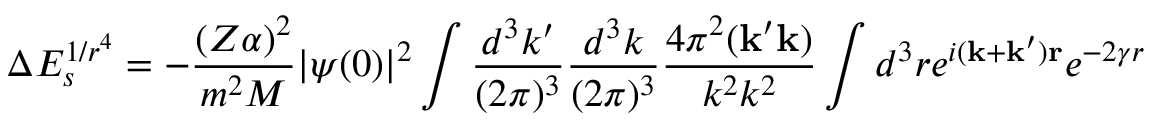
\Delta E _ { s } ^ { 1 / r ^ { 4 } } = - \frac { ( Z \alpha ) ^ { 2 } } { m ^ { 2 } M } | \psi ( 0 ) | ^ { 2 } \int \frac { d ^ { 3 } k ^ { \prime } } { ( 2 \pi ) ^ { 3 } } \frac { d ^ { 3 } k } { ( 2 \pi ) ^ { 3 } } \frac { 4 \pi ^ { 2 } ( { \bf k ^ { \prime } k } ) } { k ^ { 2 } k ^ { 2 } } \int d ^ { 3 } r e ^ { i { \bf ( k + k ^ { \prime } ) r } } e ^ { - 2 \gamma r }